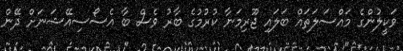
ވަކީލުންގެ މައްސަލަތައް ބަލައި ޖޫރިމަނާ ކުރުމުގެ ބާރު ވެސް ބާ އެސޯސިއޭޝަނަށް ދޭން